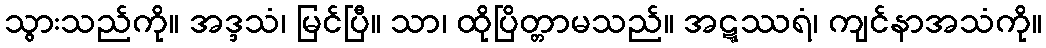
သွားသည်ကို။ အဒ္ဒသံ၊ မြင်ပြီ။ သာ၊ ထိုပြိတ္တာမသည်။ အဋ္ဋဿရံ၊ ကျင်နာအသံကို။